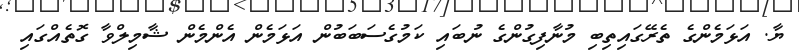
ޔާ. އަޅަމެންގެ ތެރޭގައިތިބި މުނާފިގުންގެ ނުބައި ކަމުގެސަބަބުން އަޅަމެން އެންމެން ޝާމިލްވާ ގޮތެއްގައި